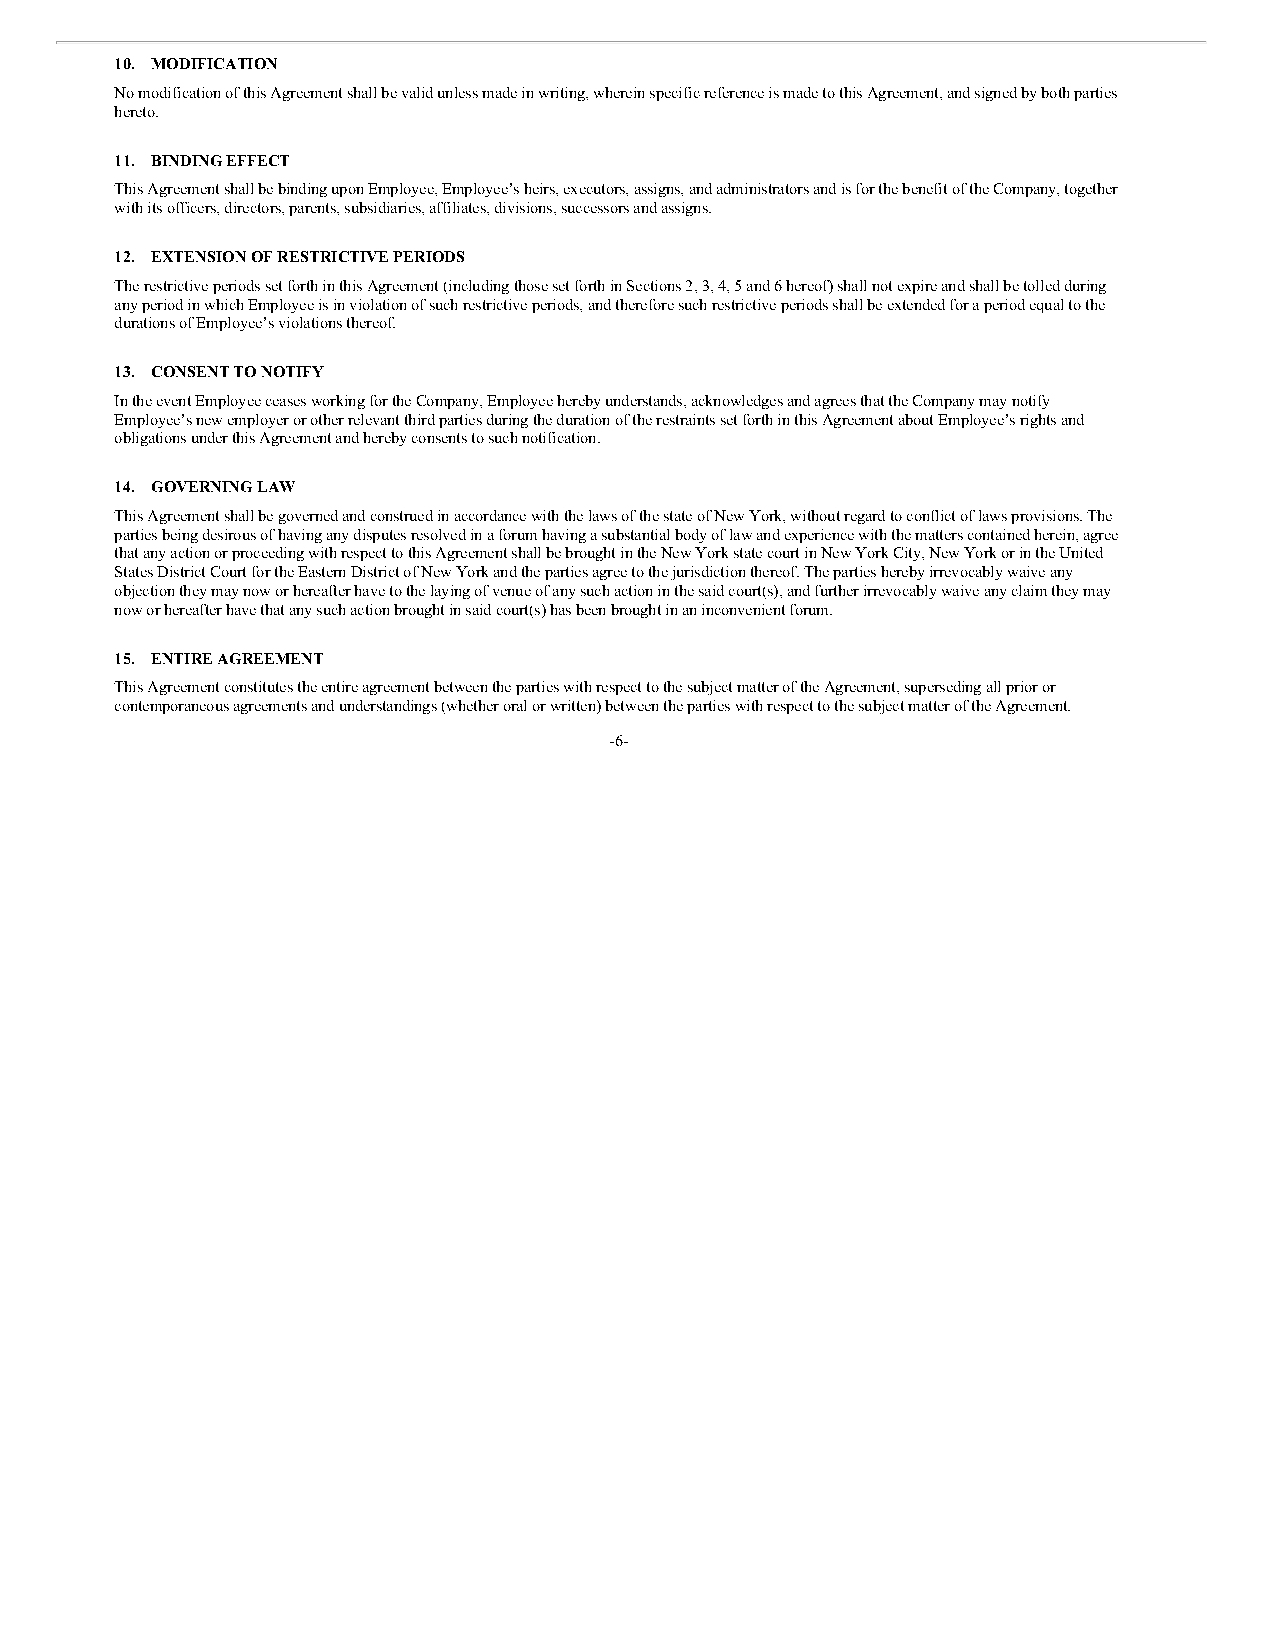
10. MODIFICATION
 No modification of this Agreement shall be valid unless made in writing, wherein specific reference is made to this Agreement, and signed by both parties
 hereto.
 11. BINDING EFFECT
 This Agreement shall be binding upon Employee, Employee’s heirs, executors, assigns, and administrators and is for the benefit of the Company, together
 with its officers, directors, parents, subsidiaries, affiliates, divisions, successors and assigns.
 12. EXTENSION OF RESTRICTIVE PERIODS
 The restrictive periods set forth in this Agreement (including those set forth in Sections 2, 3, 4, 5 and 6 hereof) shall not expire and shall be tolled during
 any period in which Employee is in violation of such restrictive periods, and therefore such restrictive periods shall be extended for a period equal to the
 durations of Employee’s violations thereof.
 13. CONSENT TO NOTIFY
 In the event Employee ceases working for the Company, Employee hereby understands, acknowledges and agrees that the Company may notify
 Employee’s new employer or other relevant third parties during the duration of the restraints set forth in this Agreement about Employee’s rights and
 obligations under this Agreement and hereby consents to such notification.
 14. GOVERNING LAW
 This Agreement shall be governed and construed in accordance with the laws of the state of New York, without regard to conflict of laws provisions. The
 parties being desirous of having any disputes resolved in a forum having a substantial body of law and experience with the matters contained herein, agree
 that any action or proceeding with respect to this Agreement shall be brought in the New York state court in New York City, New York or in the United
 States District Court for the Eastern District of New York and the parties agree to the jurisdiction thereof. The parties hereby irrevocably waive any
 objection they may now or hereafter have to the laying of venue of any such action in the said court(s), and further irrevocably waive any claim they may
 now or hereafter have that any such action brought in said court(s) has been brought in an inconvenient forum.
 15. ENTIRE AGREEMENT
 This Agreement constitutes the entire agreement between the parties with respect to the subject matter of the Agreement, superseding all prior or
 contemporaneous agreements and understandings (whether oral or written) between the parties with respect to the subject matter of the Agreement.
 -6-